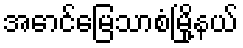
အောင်မြေသာစံမြို့နယ်